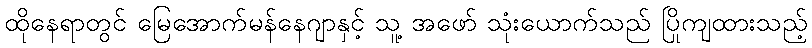
ထိုနေရာတွင် မြေအောက်မန်နေဂျာနှင့် သူ့ အဖော် သုံးယောက်သည် ပြိုကျထားသည့်